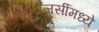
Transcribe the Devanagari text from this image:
जर्सीमध्ये